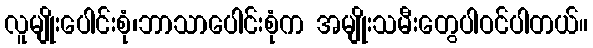
လူမျိုးပေါင်းစုံ၊ဘာသာပေါင်းစုံက အမျိုးသမီးတွေပါဝင်ပါတယ်။